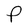
Character: P